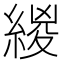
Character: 緵